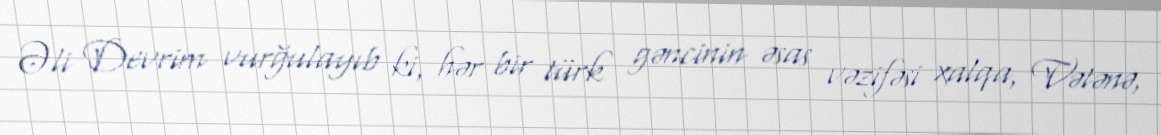
Əli Devrim vurğulayıb ki, hər bir türk gəncinin əsas vəzifəsi xalqa, Vətənə,